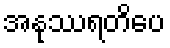
အနုဿရတိပေ